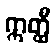
ဣတ္ထီ